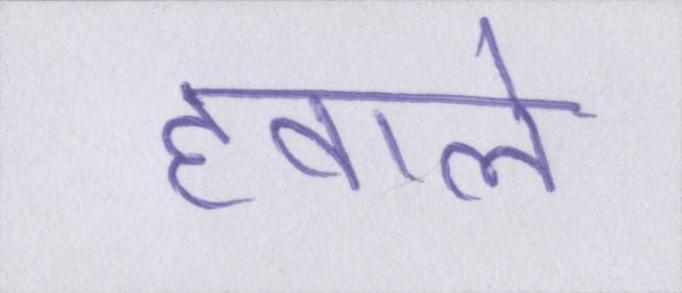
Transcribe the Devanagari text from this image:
हवाले